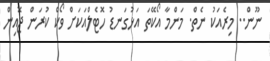
ނޫން.. މިރެއަކު ނެތް. މަންމާ އޯކޭތަ އަޅުގަނޑު ހޮޓެލްއަކަށް ވޯކް ކުރަން ޖޮއިން